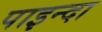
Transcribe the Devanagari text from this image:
पाइन्दा